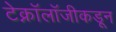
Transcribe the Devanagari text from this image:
टेक्नॉलॉजीकडून